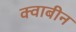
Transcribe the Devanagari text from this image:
क्वाबीन